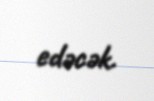
edəcək.